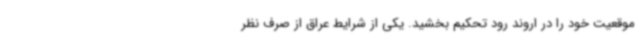
موقعیت خود را در اروند رود تحکیم بخشید. یکی از شرایط عراق از صرف نظر